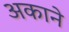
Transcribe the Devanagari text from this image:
अकाने